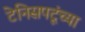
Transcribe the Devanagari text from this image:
टेनिसपटूंच्या